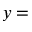
y =